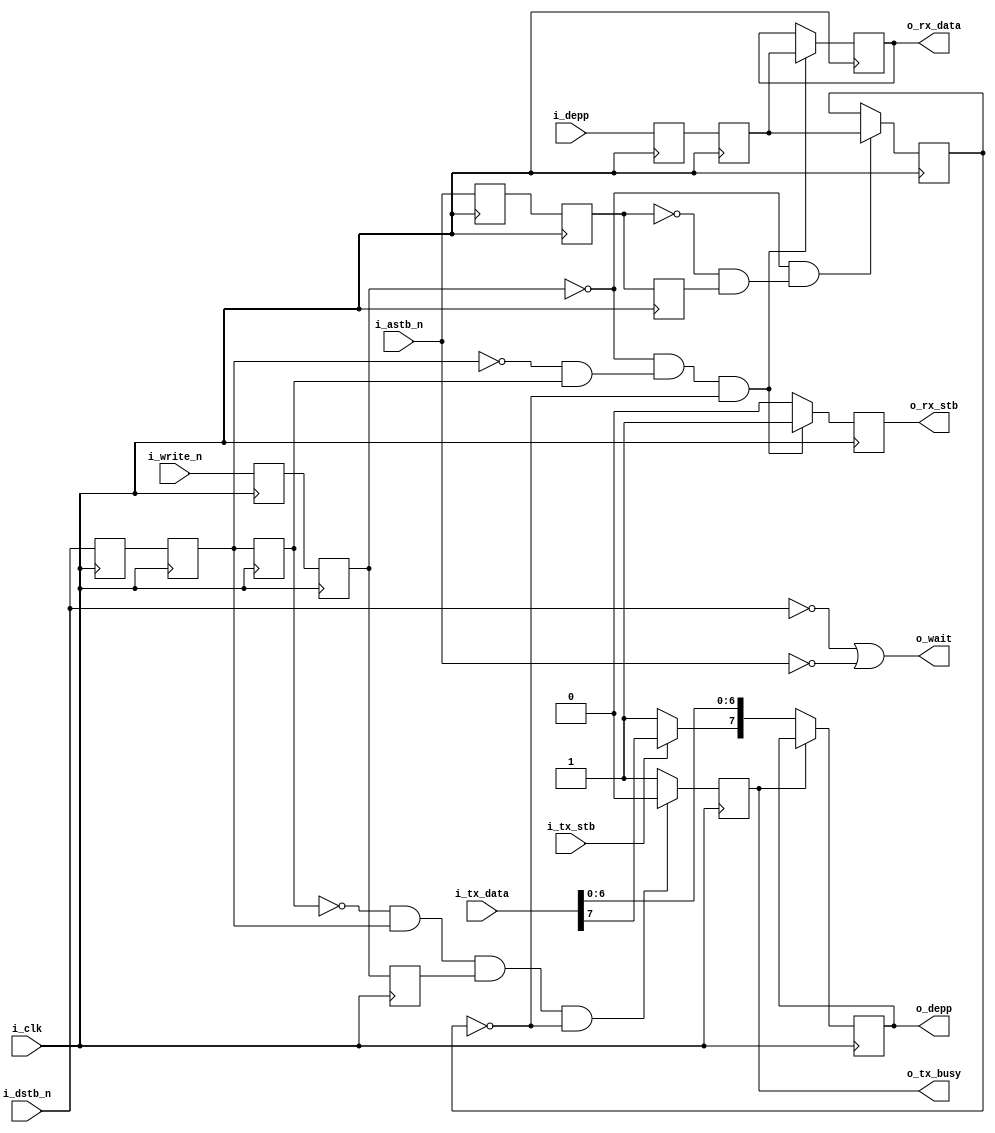
////////////////////////////////////////////////////////////////////////////////
//
//
// Project:	CMod S6 System on a Chip, ZipCPU demonstration project
//
// Purpose:	This is a very simple DEPP to synchronous byte transfer.  It
//		is used in place of a serial port.
//
//	This approach uses address zero *only*.
//
// Creator:	Dan Gisselquist, Ph.D.
//		Gisselquist Technology, LLC
//
////////////////////////////////////////////////////////////////////////////////
//
// Copyright (C) 2015-2017, Gisselquist Technology, LLC
//
// This program is free software (firmware): you can redistribute it and/or
// modify it under the terms of  the GNU General Public License as published
// by the Free Software Foundation, either version 3 of the License, or (at
// your option) any later version.
//
// This program is distributed in the hope that it will be useful, but WITHOUT
// ANY WARRANTY; without even the implied warranty of MERCHANTIBILITY or
// FITNESS FOR A PARTICULAR PURPOSE.  See the GNU General Public License
// for more details.
//
// You should have received a copy of the GNU General Public License along
// with this program.  (It's in the $(ROOT)/doc directory.  Run make with no
// target there if the PDF file isn't present.)  If not, see
// <http://www.gnu.org/licenses/> for a copy.
//
// License:	GPL, v3, as defined and found on www.gnu.org,
//		http://www.gnu.org/licenses/gpl.html
//
//
////////////////////////////////////////////////////////////////////////////////
//
//
module deppbyte(i_clk,
	i_astb_n, i_dstb_n, i_write_n,i_depp, o_depp, o_wait,
	o_rx_stb, o_rx_data,
	i_tx_stb, i_tx_data, o_tx_busy);
	input	i_clk;
	// DEPP interface
	input			i_astb_n, i_dstb_n, i_write_n;
	input		[7:0]	i_depp;
	output	reg	[7:0]	o_depp;
	output	wire		o_wait;
	// Byte-wise interface to the rest of the world
	output	reg		o_rx_stb;
	output	reg	[7:0]	o_rx_data;
	input			i_tx_stb;
	input		[7:0]	i_tx_data;
	output	reg		o_tx_busy;

	// Synchronize the incoming signals
	reg	x_dstb_n, x_astb_n, x_write_n,
		r_dstb_n, r_astb_n, r_write_n,
		l_dstb_n, l_astb_n, l_write_n;
	reg	[7:0]	x_depp, r_depp;
	initial	x_dstb_n = 1'b1;
	initial	r_dstb_n = 1'b1;
	initial	l_dstb_n = 1'b1;
	initial	x_astb_n = 1'b1;
	initial	r_astb_n = 1'b1;
	initial	l_astb_n = 1'b1;
	always @(posedge i_clk)
	begin
		{ x_dstb_n, x_astb_n, x_write_n, x_depp }
			<= { i_dstb_n, i_astb_n, i_write_n, i_depp };
		{ r_dstb_n, r_astb_n, r_write_n, r_depp }
			<= { x_dstb_n, x_astb_n, x_write_n, x_depp };
		{ l_dstb_n, l_astb_n, l_write_n } <= { r_dstb_n, r_astb_n, r_write_n };
	end

	reg	[7:0]	addr;
	wire	astb, dstb, w_write;
	assign	astb = (!r_astb_n)&&(l_astb_n);
	assign	dstb = (!r_dstb_n)&&(l_dstb_n);
	assign	w_write= (!r_write_n);


	initial	addr = 8'h00;
	initial	o_rx_stb = 1'b0;
	always @(posedge i_clk)
	begin
		if ((w_write)&&(astb))
			addr <= r_depp;

		if ((w_write)&&(dstb)&&(addr==0))
		begin
			o_rx_stb  <= 1'b1;
			o_rx_data <= r_depp;
		end else
			o_rx_stb <= 1'b0;
	end

	// Much as I hate to use signals that have not been synchronized with a 
	// two clock transfer, this line needs to be brought low within 10ms
	// (less than one clock) of when the strobe lines are brought low, and
	// raised high again within 10 ms of when the strobe lines are raised
	// again.
	assign	o_wait = ((!i_dstb_n)||(!i_astb_n));

	// For one clock, following any read from address zero, we allow the
	// port to write one new byte into our interface.  This works because
	// the interface will guarantee that the strobe signals are inactive
	// (high) for at least 40ns before attempting a new transaction.
	//
	// Just about nothing else works.  'cause we can't allow changes
	// in the middle of a transaction, and we won't know if the clock
	// involved is in the middle of a transaction until after the time
	// has passed.  Therefore, we're going to be busy most of the time
	// and just allow a byte to pass through on the one (and only) clock
	// following a transaction.
	always @(posedge i_clk)
		o_tx_busy <= ((~l_dstb_n)&&(r_dstb_n)&&(l_write_n)&&(addr == 0))
				? 1'b0 : 1'b1;

	// If we don't have a byte to write, stuff it with all ones.  The high
	// bit will then indicate that there's nothing available to the 
	// interface when it next reads.
	//
	// Okay, new philosophy.  Stuff the high bit with ones, allow the other
	// bits to contain status level information --- should any one wish to
	// send such.
	initial	o_depp = 8'hff;
	always @(posedge i_clk)
		if (~o_tx_busy)
			o_depp <= {((i_tx_stb)? i_tx_data[7] : 1'b1),
					i_tx_data[6:0] };

endmodule